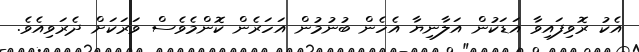
އެކު ރޮވިފައިވާ އަޑަކުން އަލާނިޔާ އެހެން ބުނުމުން އަހަރެން ކޮންމެވެސް ވަރަކަށް ދެރަވިއެވެ.